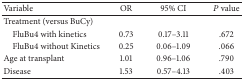
<table><thead><tr><td><b>Variable</b></td><td><b>OR</b></td><td><b>95% CI</b></td><td><b><i>P</i> value</b></td></tr></thead><tbody><tr><td>Treatment (versus BuCy)</td><td> </td><td> </td><td> </td></tr><tr><td> FluBu4 with kinetics</td><td>0.73</td><td>0.17–3.11</td><td>.672</td></tr><tr><td> FluBu4 without Kinetics</td><td>0.25</td><td>0.06–1.09</td><td>.066</td></tr><tr><td>Age at transplant</td><td>1.01</td><td>0.96–1.06</td><td>.790</td></tr><tr><td>Disease</td><td>1.53</td><td>0.57–4.13</td><td>.403</td></tr></tbody></table>